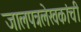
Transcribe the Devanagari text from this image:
जालपत्रलेखकांची